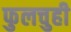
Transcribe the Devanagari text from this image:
फुलचुही